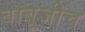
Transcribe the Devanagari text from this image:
बाबूजीच